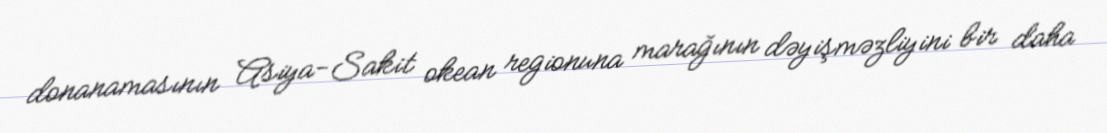
donanamasının Asiya-Sakit okean regionuna marağının dəyişməzliyini bir daha